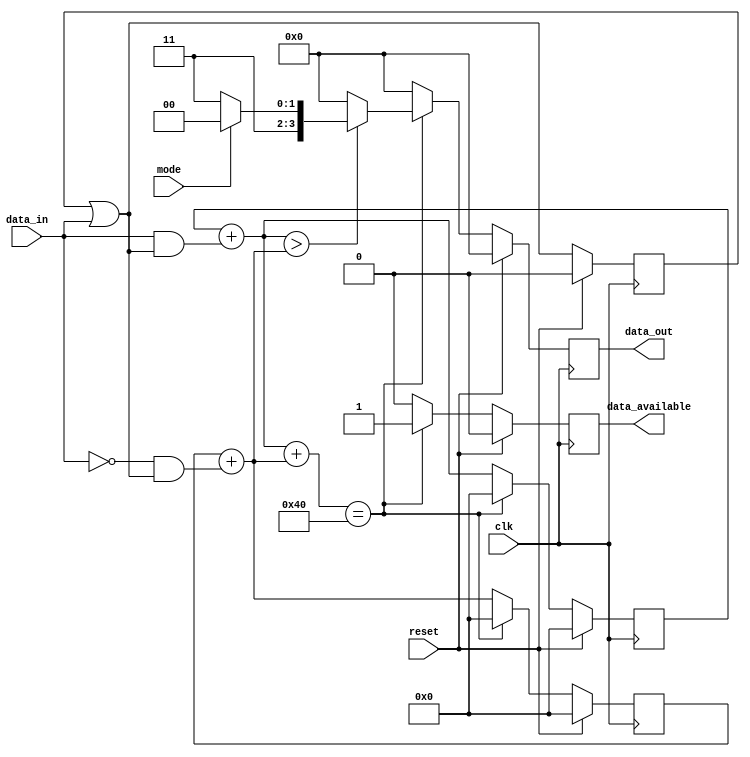
module relay_decode(
    clk,
    reset,
    mode,
    data_in,
    data_out,
    data_available
);
    input clk, reset, mode, data_in;
    output[3:0] data_out;
    output[0:0] data_available;

    reg [3:0] data_out = 4'b0;
    reg [0:0] data_available = 1'b0;

    reg [6:0] one_counter = 7'b0;
    reg [6:0] zero_counter = 7'b0;

    reg [0:0] receiving = 1'b0;

    always @(posedge clk)
    begin
        // remove wrong bits
        receiving = receiving | data_in == 1'b1;

        one_counter = one_counter + (data_in == 1'b1 & receiving);
        zero_counter = zero_counter + (data_in == 1'b0 & receiving);

        if (one_counter + zero_counter == 7'd64)
        begin
            if (one_counter > zero_counter)
                data_out = (mode == 1'b1 ? 4'hc : 4'hf);
            else
                data_out = 4'b0;

            data_available = 1'b1;

            one_counter = 7'b0;
            zero_counter = 7'b0;
        end
        else
        begin
            data_out = 4'b0;
            data_available = 1'b0;
        end

        // reset
        if (reset == 1'b1)
        begin
            one_counter = 7'b0;
            zero_counter = 7'b0;
            receiving = 1'b0;
            data_out = 4'h0;
            data_available = 1'b0;
        end
    end

endmodule